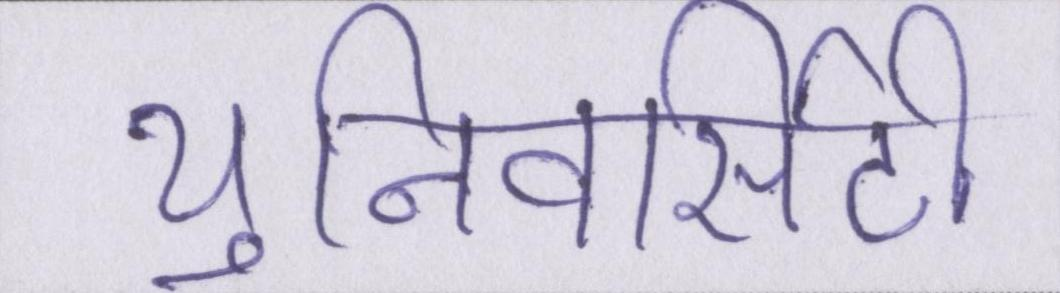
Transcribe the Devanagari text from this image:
युनिवर्सिटी